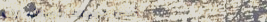
أحدث موديلات الهواتف الذك